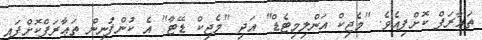
ތަޢާރަފް ކޮށްފިއެވެ. "މެޖިކް އަންލިމިޓެޑް" އަދި "މެޖިކް ޑޭޓާ" އެ ކުންފުނިން ތަޢާރަފްކޮށްފައި